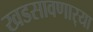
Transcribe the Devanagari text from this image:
खडसावणार्‍या